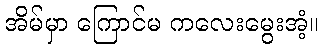
အိမ်မှာ ကြောင်မ ကလေးမွေးအံ့။